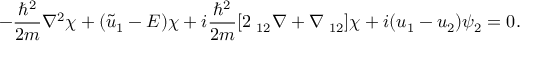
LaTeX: - { \frac { \hbar ^ { 2 } } { 2 m } } \nabla ^ { 2 } \chi + ( { \tilde { u } } _ { 1 } - E ) \chi + i { \frac { \hbar ^ { 2 } } { 2 m } } [ 2 \mathbf { \tau } _ { 1 2 } \nabla + \nabla \mathbf { \tau } _ { 1 2 } ] \chi + i ( u _ { 1 } - u _ { 2 } ) \psi _ { 2 } = 0 .